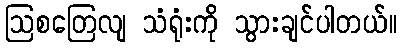
ဩစတြေလျ သံရုံးကို သွားချင်ပါတယ်။